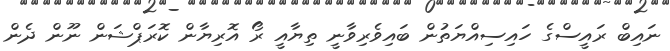
ނައިބް ރައީސްގެ ހައިސިއްޔަތުން ބައިވެރިވާނީ ތިޔާއީ ރޯ އޮރިޔާން ކޮރަޕްޝަން ނޫން ދެން